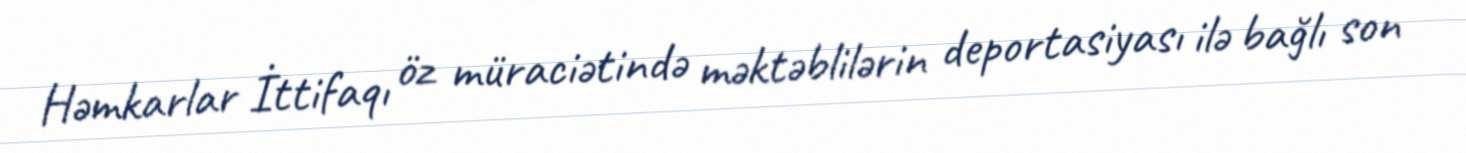
Həmkarlar İttifaqı öz müraciətində məktəblilərin deportasiyası ilə bağlı son